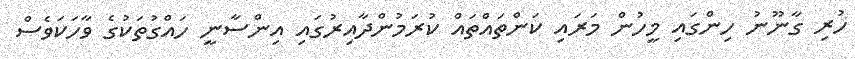
ހުރި ގާނޫނު ހިންގައި މީހުން މަރައި ކަންތައްތައް ކުރަމުންދާއިރުގައި އިންސާނީ ހައްގުތަކުގެ ވާހަކަވެސް